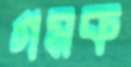
গমক